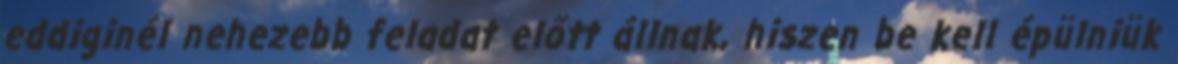
eddiginél nehezebb feladat előtt állnak, hiszen be kell épülniük